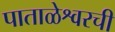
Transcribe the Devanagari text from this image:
पाताळेश्वरची